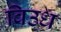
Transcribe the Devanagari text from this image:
विउध